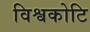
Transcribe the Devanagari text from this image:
विश्वकोटि